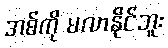
အစ်ကို မလာနိုင်ဘူး